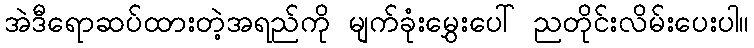
အဲဒီရောဆပ်ထားတဲ့အရည်ကို မျက်ခုံးမွှေးပေါ် ညတိုင်းလိမ်းပေးပါ။